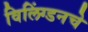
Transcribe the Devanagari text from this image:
विलिंग्डनचे